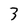
Character: 3